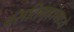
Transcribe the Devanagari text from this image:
वसतिगृहांमध्ये